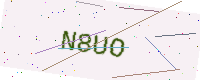
Text: N8UO